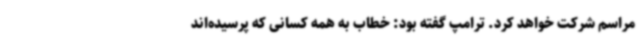
مراسم شرکت خواهد کرد. ترامپ گفته بود: خطاب به همه کسانی که پرسیده‌اند